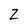
Character: Z